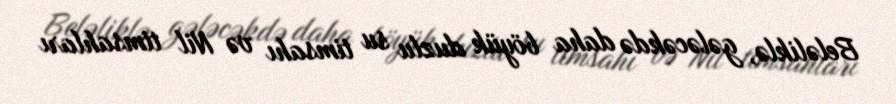
Beləliklə, gələcəkdə daha böyük duzlu su timsahı və Nil timsahları